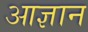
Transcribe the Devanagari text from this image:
आज्ञान